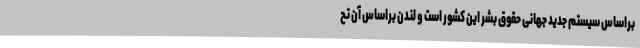
براساس سیستم جدید جهانی حقوق بشر این کشور است و لندن براساس آن تح